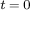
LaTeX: \scriptstyle t \; = \; 0